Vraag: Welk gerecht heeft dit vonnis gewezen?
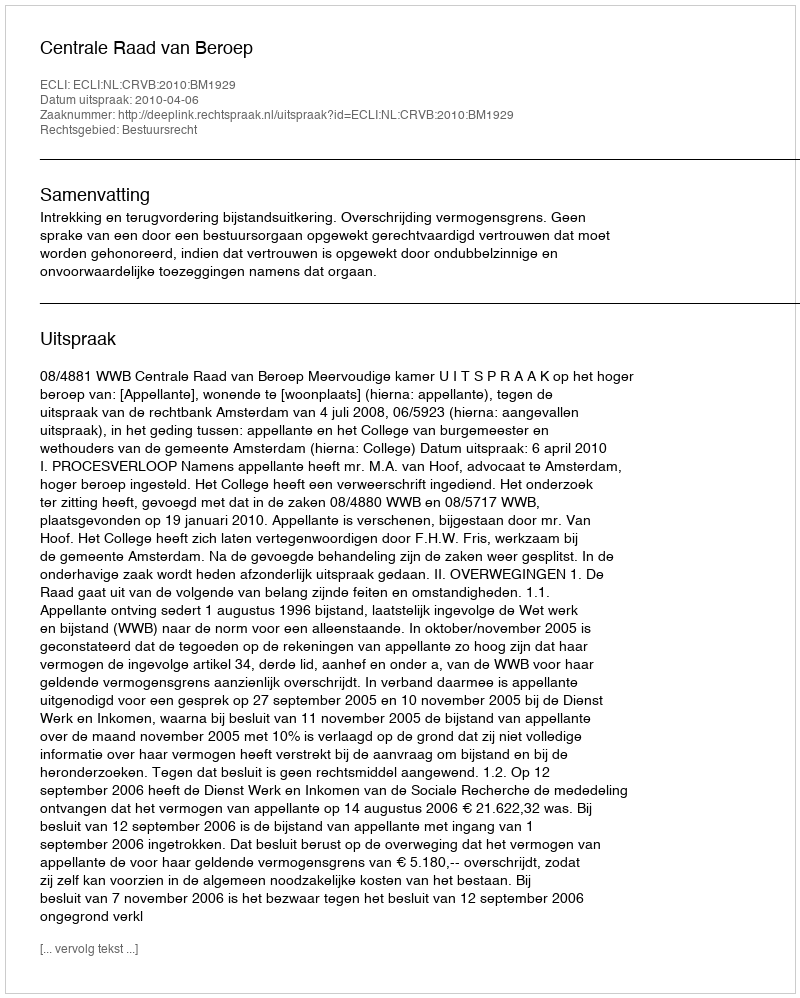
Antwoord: Centrale Raad van Beroep